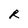
Character: R